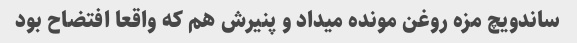
ساندویچ مزه روغن مونده میداد و پنیرش هم که واقعا افتضاح بود